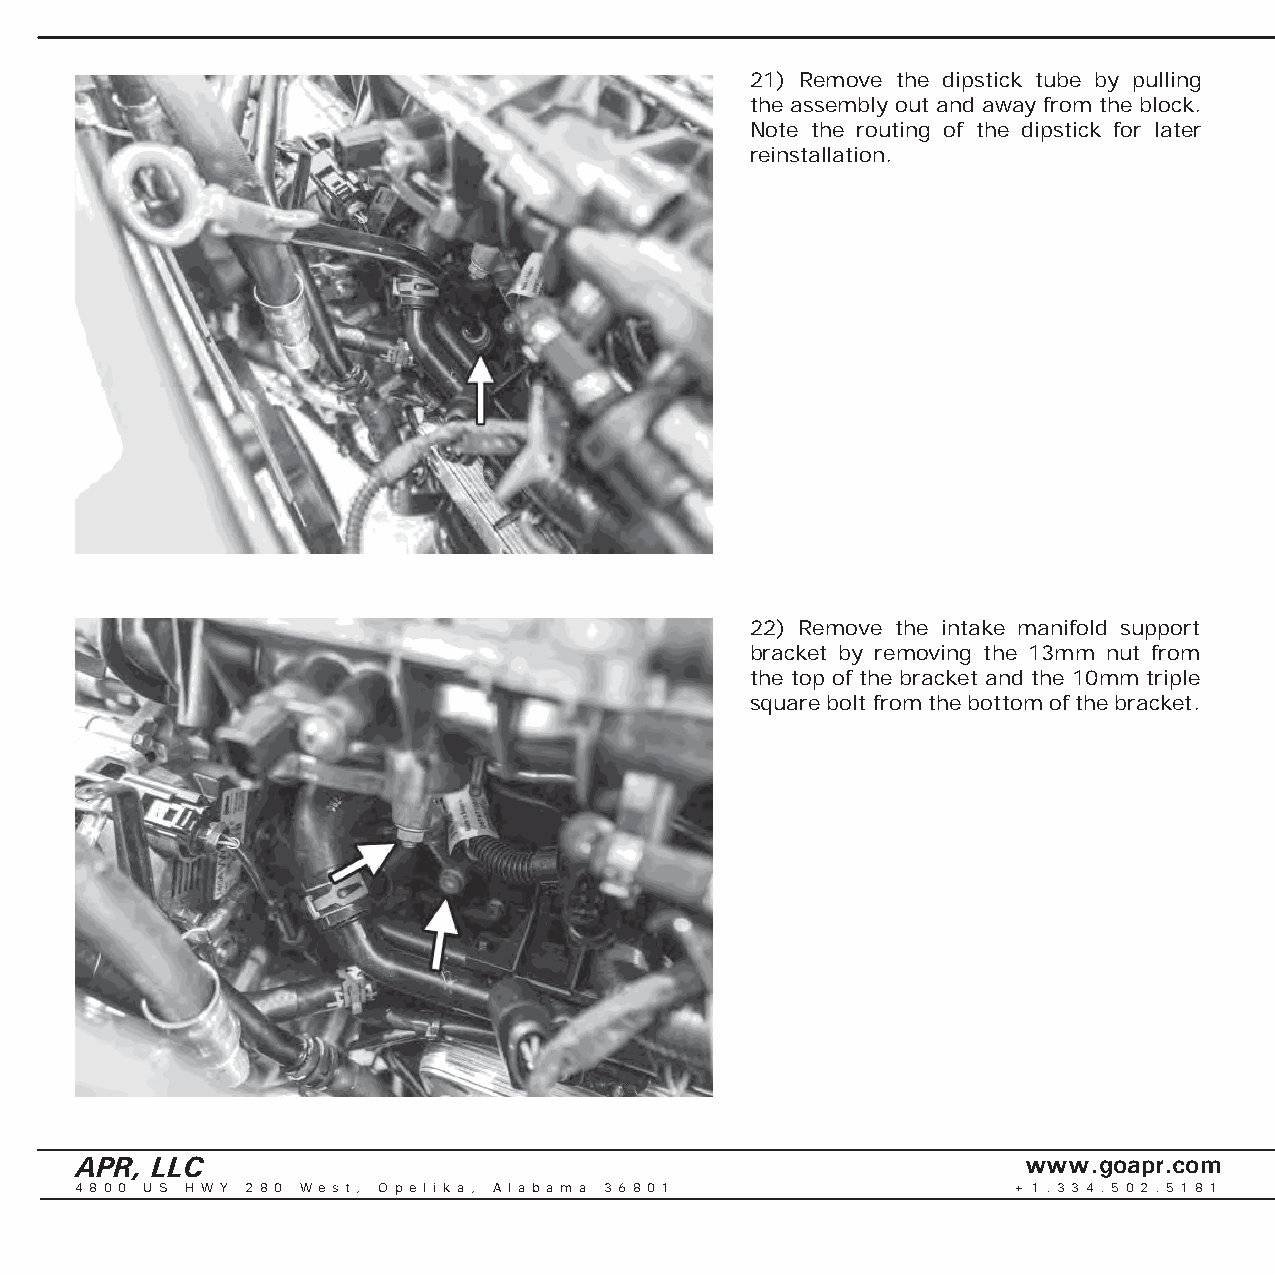
21) Remove the dipstick tube by pulling
 the assembly out and away from the block.
 Note the routing of the dipstick for later
 reinstallation.
 22) Remove the intake manifold support
 bracket by removing the 13mm nut from
 the top of the bracket and the 10mm triple
 square bolt from the bottom of the bracket.
 APR, LLC                                                       www.goapr.com
 4 8 0 0 U S H W Y 2 8 0 We s t , O p e l i k a , A l a b a m a 3 6 8 0 1 + 1 . 3 3 4 . 5 0 2 . 5 1 8 1